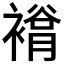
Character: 𧜲